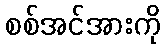
စစ်အင်အားကို